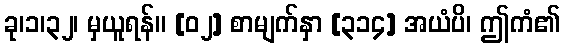
ခု၊၁၊၃၂၊ မှယူရန်။ [၀၂] စာမျက်နှာ [၃၁၄] အယံပိ၊ ဤကံ၏